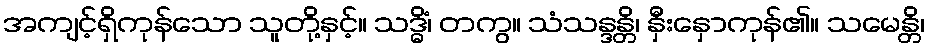
အကျင့်ရှိကုန်သော သူတို့နှင့်။ သဒ္ဓိံ၊ တကွ။ သံသန္ဒန္တိ၊ နှီးနှောကုန်၏။ သမေန္တိ၊